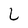
Character: L